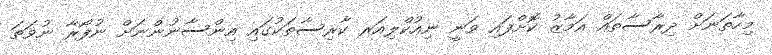
މިހާތަނަށް ދިރާސާތައް އަމާޒު ކޮށްފައި ވަނީ ނިއުކްލިއަރ ކާރިސާތަކުގައި އިންސާނުންނަށް ނުފޯރާ ނުވަތަ